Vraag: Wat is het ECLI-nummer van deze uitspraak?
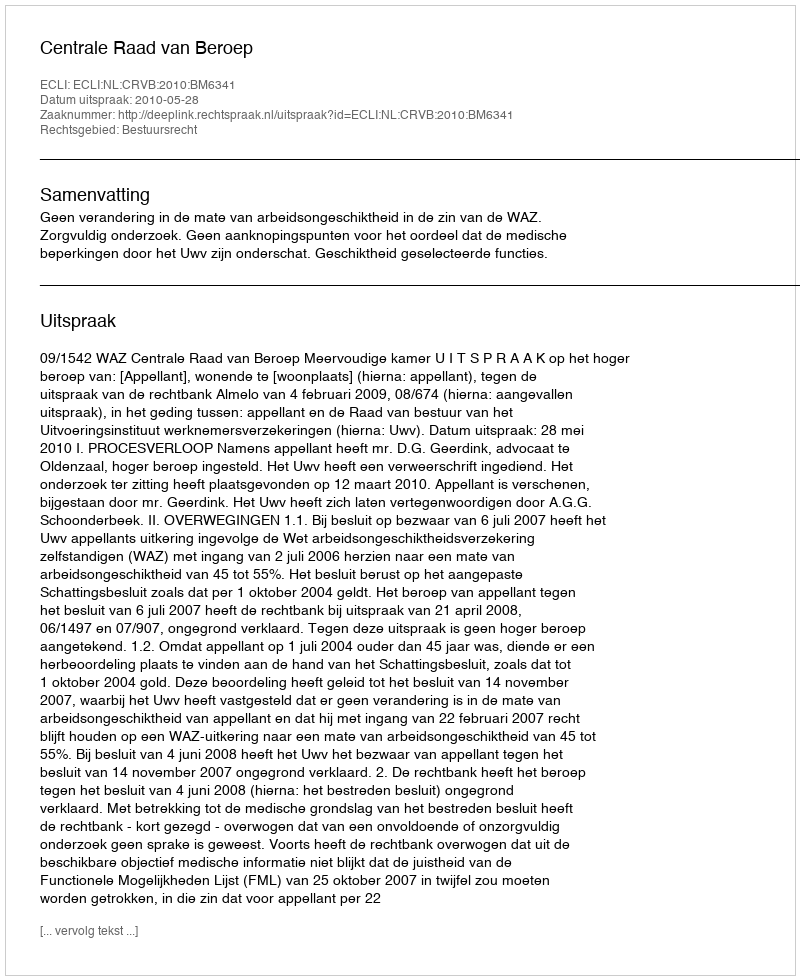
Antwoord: ECLI:NL:CRVB:2010:BM6341